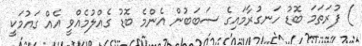
) ފުރަތަމަ ބޮޑު ހަނގުރާމައިގެ ސަބަބުން އެންމެ ބޮޑު ގެއްލުމެއްވީ އެއް ގައުމަކީ